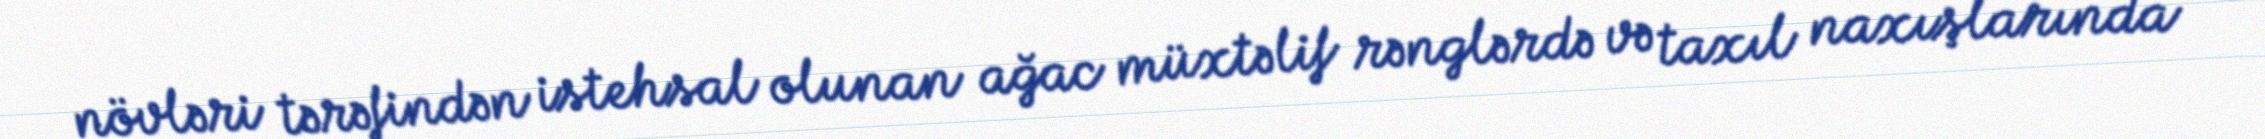
növləri tərəfindən istehsal olunan ağac müxtəlif rənglərdə və taxıl naxışlarında